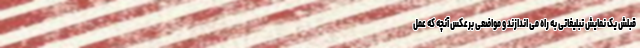
قبلش یک نمایش تبلیغاتی به راه می اندازند و مواضعی برعکس آنچه که عمل